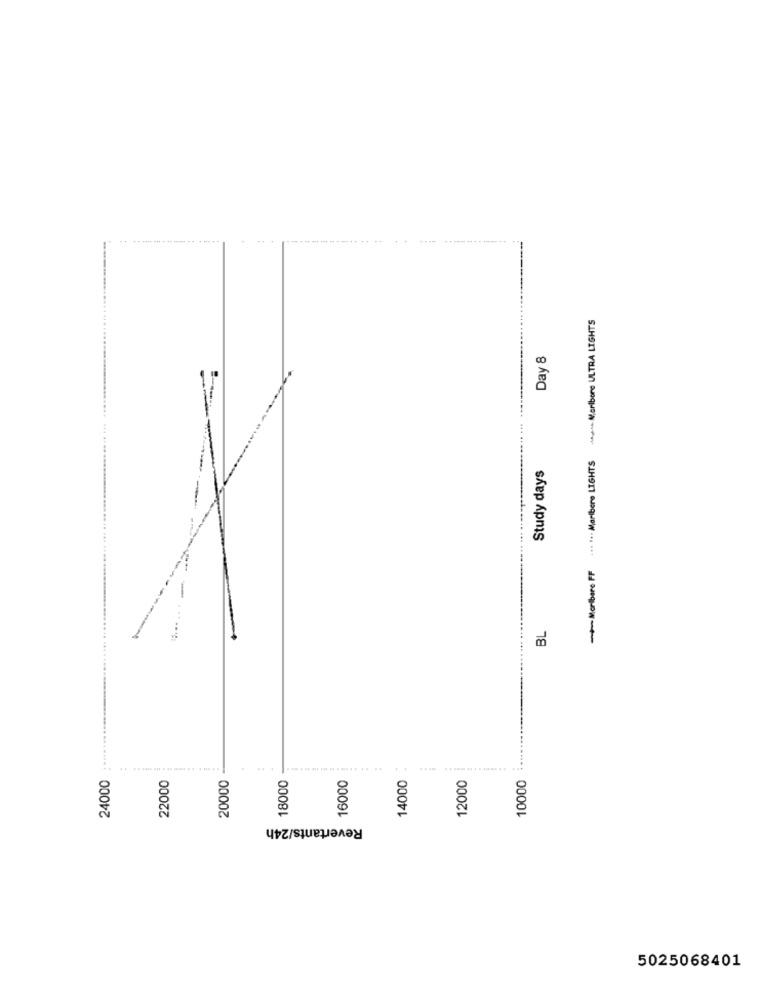
+++Marlboro ULTRA LIGHTS
Day 8
-Morbare FF ... ... Marlboro LIGHTS
Study days
BL
24000
20000
18000
16000
14000
..........
12000
10000
22000
Revertants/24h
5025068401